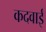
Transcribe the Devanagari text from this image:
कदवाई